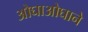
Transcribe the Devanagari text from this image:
ओघाओघाने